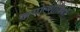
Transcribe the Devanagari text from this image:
खगोल्शात्रियों